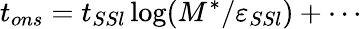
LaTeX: t_{ons}=t_{SSl}\log(M^{*}/\varepsilon_{SSl})+\cdots